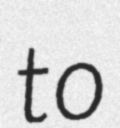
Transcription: to